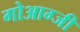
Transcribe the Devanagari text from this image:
गोआग्जी